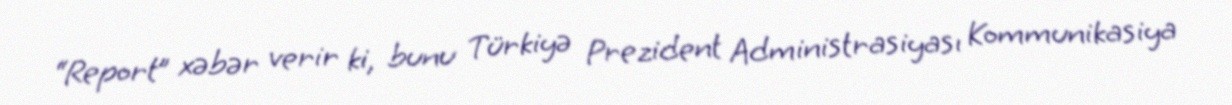
“Report” xəbər verir ki, bunu Türkiyə Prezident Administrasiyası Kommunikasiya